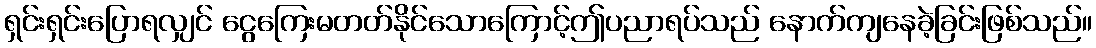
ရှင်းရှင်းပြောရလျှင် ငွေကြေးမတတ်နိုင်သောကြောင့်ဤပညာရပ်သည် နောက်ကျနေခဲ့ခြင်းဖြစ်သည်။